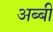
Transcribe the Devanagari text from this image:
अब्बी